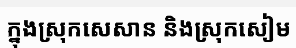
ក្នុងស្រុកសេសាន និងស្រុកសៀម